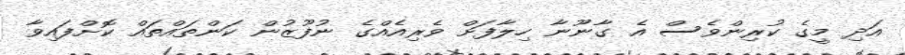
އަދި މީގެ ކުރިންވެސް އެ ގާނޫނާ ހިލާފަށް ވެރިއެއްގެ ނުފޫޒުން ކަންތައްތައް ކޮށްފައިވާ